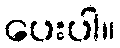
ပေးပါ။